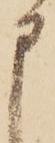
申